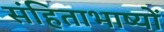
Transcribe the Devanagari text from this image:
संहिताभाष्यों